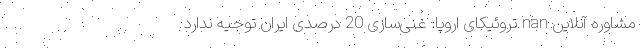
مشاوره آنلاین nan تروئیکای اروپا: غنی‌سازی 20 درصدی ایران توجیه ندارد